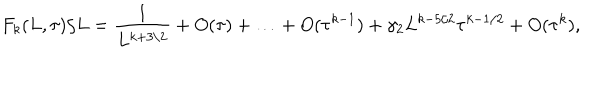
F _ { k } ( L , \tau ) / L = { \frac { 1 } { L ^ { k + 3 / 2 } } } + O ( \tau ) + \ldots + O ( \tau ^ { k - 1 } ) + \gamma _ { 2 } L ^ { k - 5 / 2 } \tau ^ { k - 1 / 2 } + O ( \tau ^ { k } ) ,